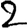
Digit: 2